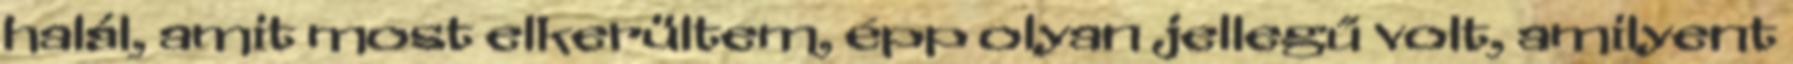
halál, amit most elkerültem, épp olyan jellegű volt, amilyent